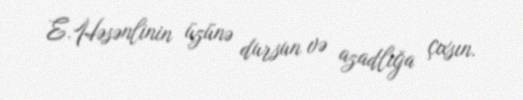
E.Həsənlinin üzünə dursun və azadlığa çıxsın.